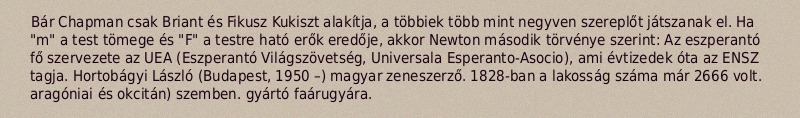
Bár Chapman csak Briant és Fikusz Kukiszt alakítja, a többiek több mint negyven szereplőt játszanak el. Ha "m" a test tömege és "F" a testre ható erők eredője, akkor Newton második törvénye szerint: Az eszperantó fő szervezete az UEA (Eszperantó Világszövetség, Universala Esperanto-Asocio), ami évtizedek óta az ENSZ tagja. Hortobágyi László (Budapest, 1950 –) magyar zeneszerző. 1828-ban a lakosság száma már 2666 volt. aragóniai és okcitán) szemben. gyártó faárugyára.